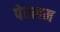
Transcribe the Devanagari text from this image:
पेरलम